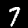
Digit: 7